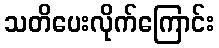
သတိပေးလိုက်ကြောင်း